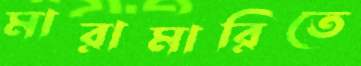
মারামারিতে